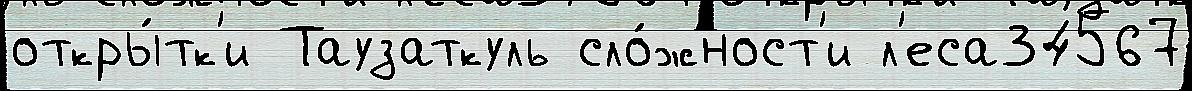
откры́тк'и Таузаткуль сло́жност'и л'еса34567